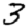
Digit: 3